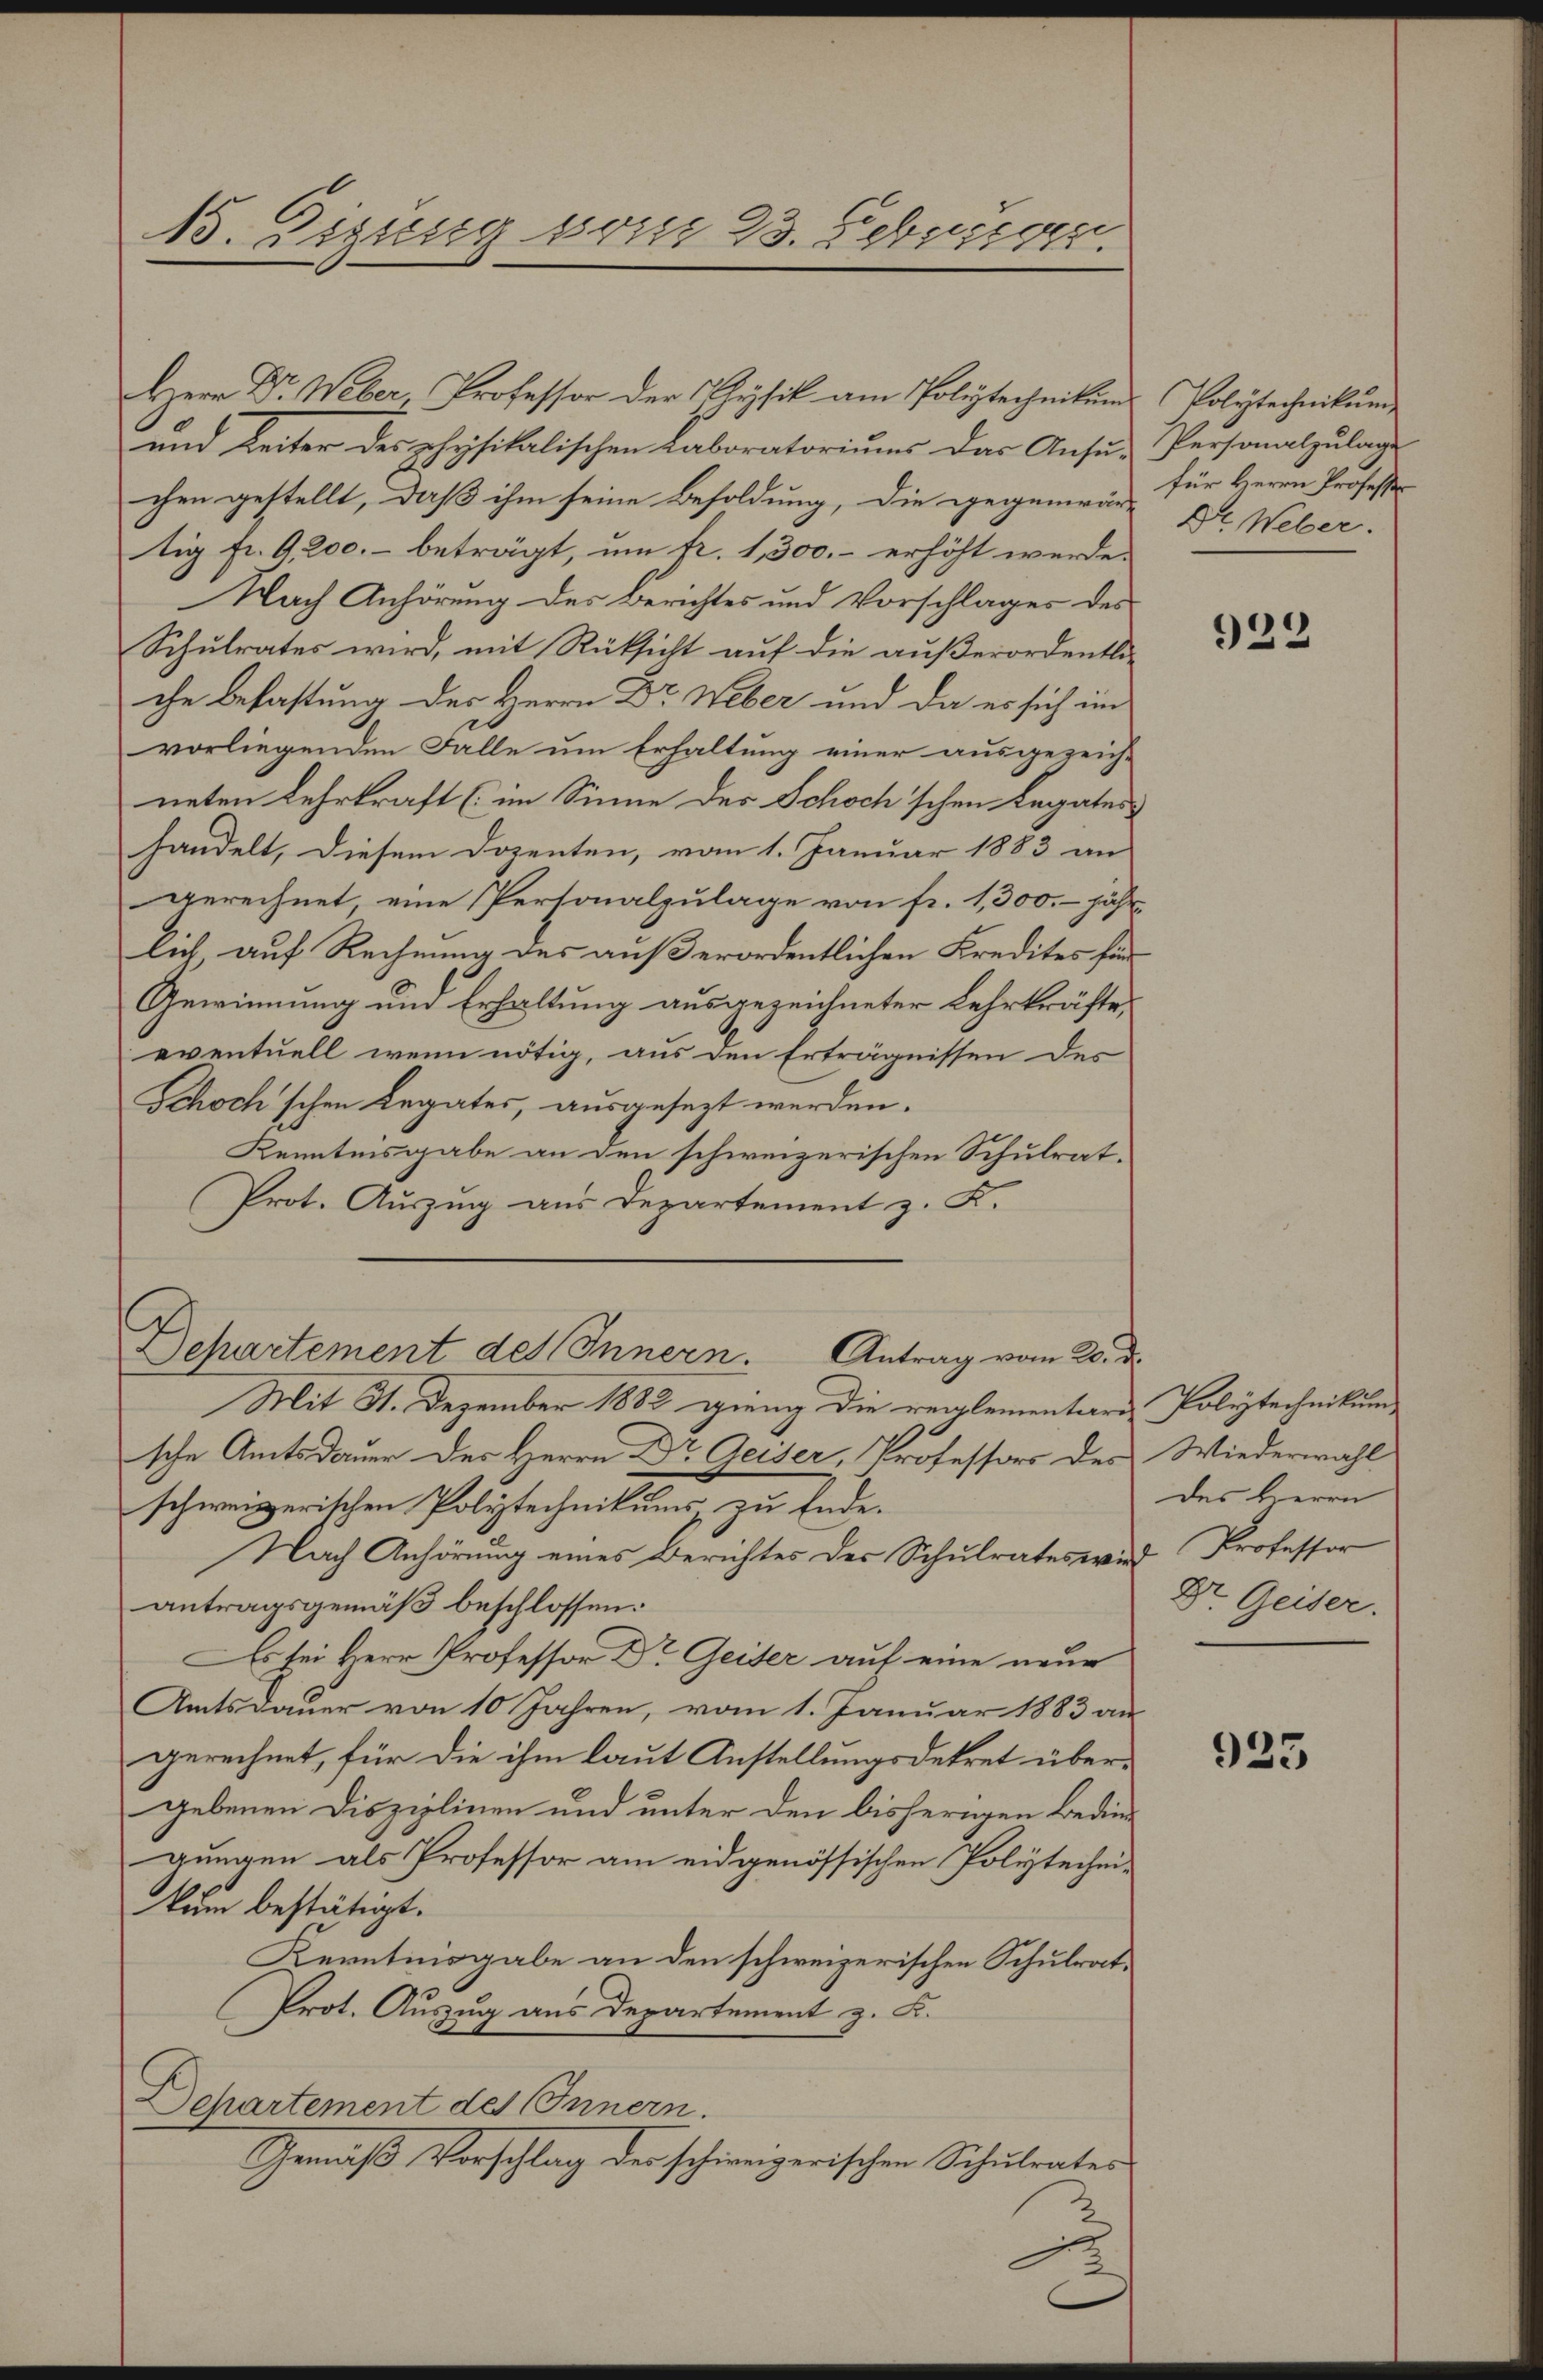
e
.
15. Digung vom 23. Februar.

Herr Dr. Weber, Professor der Gysik am Poliztechnikums
und Leiter des physikalischen Laboratoriums das Ansu-
chen gestellt, daß ihm seine Besoldung, die gegenwär-
tig fr. 9200.- beträgt, um tr. 1,300.- erhöht werde.
Nach Anhörung des Berichtes und Vorschlages des
Schulrates wird, mit Rücksicht auf die außerordentliche befastung des Herrn Dr Weber und da es sich im
vorliegenden Falle um Erhaltung einer ausgezeich-
neten Lehrkraft (im Sinne des Schoch'schen Legates
handelt, diesem Dozenten, vom 1. Januar 1883 an
gerechnet, eine Personalzulage von fr. 1,300. jähr-
lich, auf Rechnung des außerordentlichen Kredites für¬
Gewinnung und Erhaltung ausgezeichneter Lehrkräfte
eventuell wenn nötig, aus den Erträgnissen des
Schoch'schen Legates, ausgesezt werden.
Kenntnisgabe an den schweizerischen Schulrat.
Prot. Auszug aus Departement z. K.
Departement des Innern. Antrag vom 20. d.
Mit 31. Dezember 1882 gieng die reglementaris Polytechnikum,
sche Amtsdauer des Herrn Dr Geiser, Professors des Wiederwahl
schweizerischen Polytechnikums, zu Ende.
Nach Anhörung eines Berichtes der Schulrates wird Professor
antragsgemäß beschlossen:
Es sei Herr Professor Dr. Geiser auf eine neue
Amtsdauer von 10 Jahren, vom 1. Januar 1883 an
gerechnet, für die ihm laut Anstellungsdekret übergebenen Disziplinen und unter den bisherigen Bedingungen als Professor am eidgenössischen Polytechei-
kum bestätigt.
Kerntinsgabe an den schweizerischen Schulrat¬
Prot. Auszug aus Departement z. B.
Departement des Innern.
Gemäß Vorschlag der schweizerischen Schulrates

Polytechnikum
Personalzulage
für Herrn Professor
Dr. Weber.

922

des Herrn
Dr. Geiser.

925